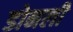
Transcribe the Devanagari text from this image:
डोनली